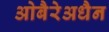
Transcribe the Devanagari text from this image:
ओबैरेअधैन